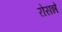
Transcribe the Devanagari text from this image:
रोसन्ने